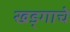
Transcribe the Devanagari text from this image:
खड्गाचे